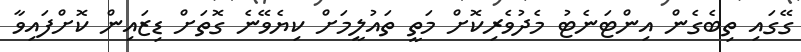
ގޭގައި ތިބެގެން އިންޓަނެޓު މެދުވެރިކޮށް މަތީ ތައުލީމަށް ކިޔެވޭނެ ގޮތަށް ޑިޒައިން ކޮށްފައިވާ